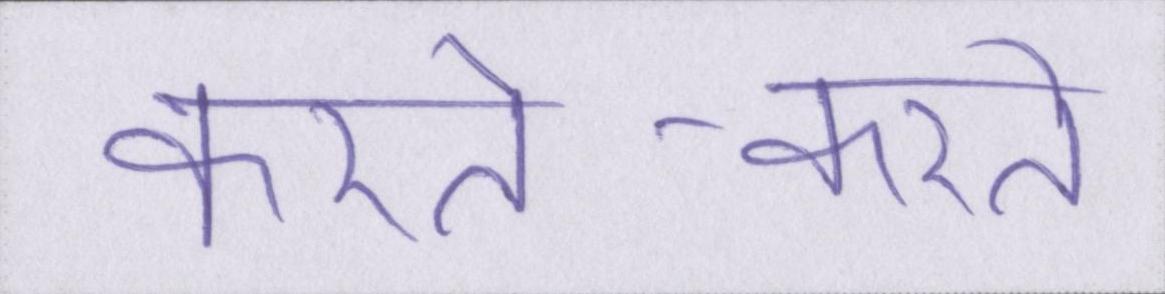
करते-करते